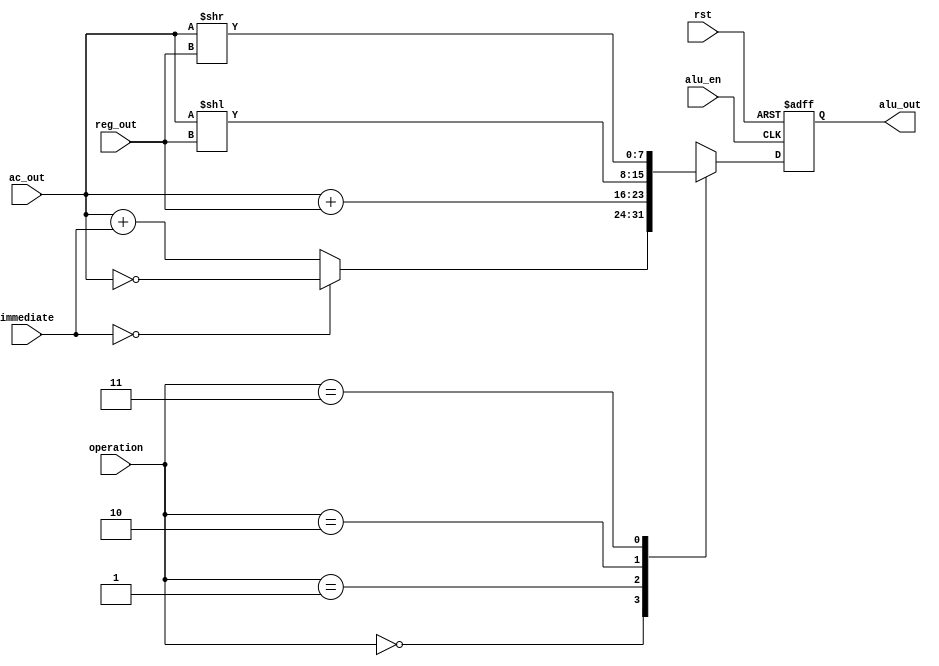
`timescale 1ns / 1ps
//////////////////////////////////////////////////////////////////////////////////
// Company: 
// Engineer: 
// 
// Design Name: 
// Module Name: alu
// Project Name: 
// Target Devices: 
// Tool Versions: 
// Description: 
// 
// Dependencies: 
// 
// Revision:
// Revision 0.01 - File Created
// Additional Comments:
// 
//////////////////////////////////////////////////////////////////////////////////


module alu(
        input rst, //  / Reset signal
        input alu_en, //  / Enabling signal
        input [1:0] operation, // ins_code[1]ins_code[0] / Indicate the calculation method, from ins_code [1] and ins_code [0]
        input [7:0] reg_out, // reg / Data from Reg
        input [7:0] ac_out, // ac / Data from AC
        input [7:0] immediate, // rom / Immediate from ROM

        output reg [7:0] alu_out //  / Output the calculated results
    );

    parameter 
        ADDI = 2'b00,
        ADD = 2'b01,
        LS = 2'b10,
        RS = 2'b11;

    always @(negedge rst or posedge alu_en) begin
        //  / Rst
        if (!rst) begin
            alu_out <= 8'bZZZZ_ZZZZ;    
        end else if (alu_en) begin
            //  / Calculation process
            case (operation)
                ADDI: begin
                    // 0ac_out / If the immediate value is 0, then invert ac_out bit by bit
                    if (immediate == 8'b0000_0000) begin
                        alu_out <= ~ac_out;
                    end else begin
                        alu_out <= ac_out + immediate; 
                    end
                end
                ADD: begin
                    alu_out <= ac_out + reg_out;
                end 
                LS: begin
                    alu_out <= ac_out << reg_out;
                end
                RS: begin
                    alu_out <= ac_out >> reg_out;
                end
                default: begin
                    alu_out <= 8'bZZZZ_ZZZZ;
                end
            endcase        
        end
    end
endmodule